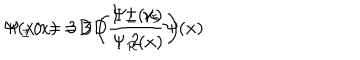
LaTeX: \Psi ( x ) = 3 D \left( \begin{array} { c } { { \Psi _ { L } ( x ) } } \\ { { \Psi _ { R } ( x ) } } \\ \end{array} \right) \hspace { . 5 c m } \Psi _ { \pm } ( x ) = 3 D \frac { 1 \pm \gamma _ { 5 } } { 2 } \Psi ( x )